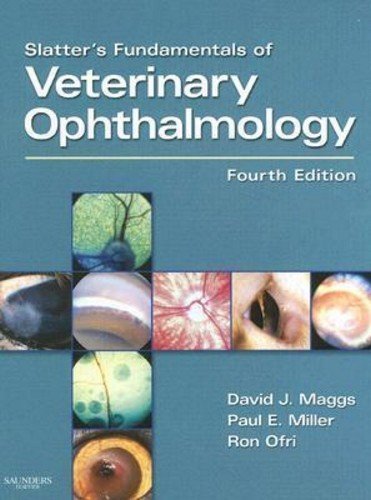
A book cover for Slatter's Fundamentals of Veterinary Ophthalmology, 4e 4th (fourth) Edition by Maggs BVSc(Hons) DAVCO, David, Miller DVM DACVO, Paul, Ofr published by Saunders (2007); Medical Books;